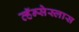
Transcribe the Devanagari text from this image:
व्हॅन्सेस्लास